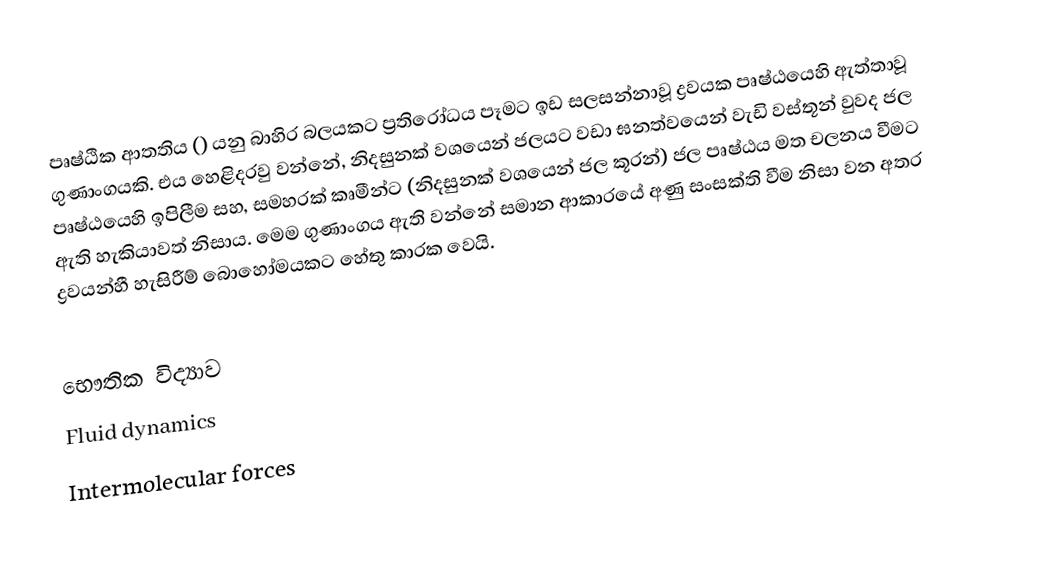
පෘෂ්ඨික ආතතිය () යනු බාහිර බලයකට ප්‍රතිරෝධය පෑමට ඉඩ සලසන්නාවූ ද්‍රවයක පෘෂ්ඨයෙහි ඇත්තාවූ   ගුණාංගයකි. එය හෙළිදරවු වන්නේ, නිදසුනක් වශයෙන් ජලයට වඩා ඝනත්වයෙන් වැඩි වස්තූන් වුවද ජල පෘෂ්ඨයෙහි  ඉපිලීම සහ, සමහරක් කෘමීන්ට (නිදසුනක් වශයෙන් ජල කූරන්) ජල පෘෂ්ඨය මත චලනය වීමට ඇති හැකියාවත් නිසාය. මෙම ගුණාංගය ඇති වන්නේ සමාන ආකාරයේ අණු  සංසක්ති  වීම නිසා වන අතර ද්‍රවයන්හී හැසිරීම් බොහෝමයකට හේතු කාරක වෙයි.

භෞතික විද්‍යාව
Fluid dynamics
Intermolecular forces